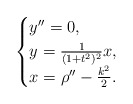
\begin{align*}\begin{cases}y''=0,\\y=\frac{1}{(1+t^2)^2}x,\\x=\rho''-\frac{k^2}{2}.\end{cases}\end{align*}